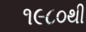
૧૯૮૦થી